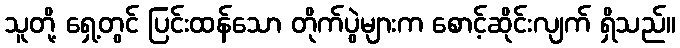
သူတို့ ရှေ့တွင် ပြင်းထန်သော တိုက်ပွဲများက စောင့်ဆိုင်းလျက် ရှိသည်။